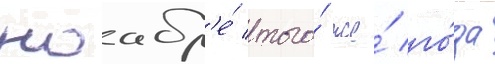
ноабр'е́ того́ же́ го́да